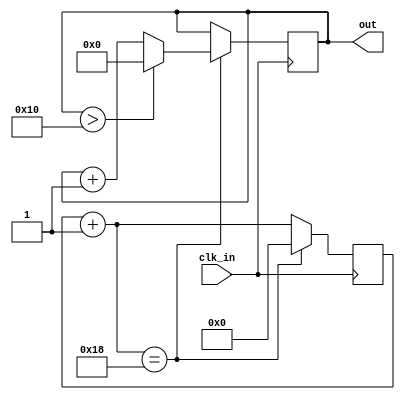
`default_nettype none

module Counter #(parameter TIMING_SCALE=24, OUT_WIDTH=4, MAX=2**OUT_WIDTH, MIN=0, INCREMENT=1) (
	input wire clk_in,
	output wire[OUT_WIDTH-1:0] out
);
	reg [$clog2(TIMING_SCALE):0] timing_counter;
    reg [OUT_WIDTH-1:0] counter;
    assign out = counter;

	always @(posedge clk_in) begin
		timing_counter = timing_counter + 1;

        if (timing_counter == TIMING_SCALE) begin
            timing_counter = 0;

            if (counter > MAX) 
                counter = MIN;
            else
                counter = counter + INCREMENT;
        end
    end
endmodule